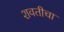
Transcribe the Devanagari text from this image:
शवतीचा